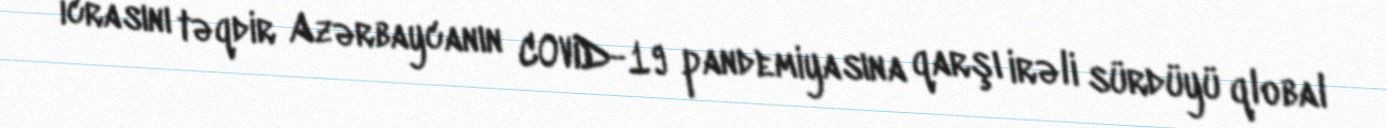
icrasını təqdir Azərbaycanın COVID-19 pandemiyasına qarşı irəli sürdüyü qlobal